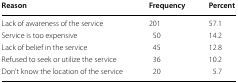
<table><thead><tr><td><b>Reason</b></td><td><b>Frequency</b></td><td><b>Percent</b></td></tr></thead><tbody><tr><td>Lack of awareness of the service</td><td>201</td><td>57.1</td></tr><tr><td>Service is too expensive</td><td>50</td><td>14.2</td></tr><tr><td>Lack of belief in the service</td><td>45</td><td>12.8</td></tr><tr><td>Refused to seek or utilize the service</td><td>36</td><td>10.2</td></tr><tr><td>Don’t know the location of the service</td><td>20</td><td>5.7</td></tr></tbody></table>